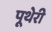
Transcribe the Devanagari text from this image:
पूथेरी